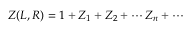
Z ( L , R ) = 1 + Z _ { 1 } + Z _ { 2 } + \cdots Z _ { n } + \cdots